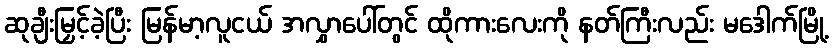
ဆုချီးမြှင့်ခဲ့ပြီး မြန်မာ့လူငယ် အလွှာပေါ်တွင် ထိုကားလေးကို နတ်ကြီးလည်း မဒေါက်မြို့